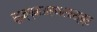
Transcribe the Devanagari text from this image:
सुक्ष्मअर्थशास्त्र